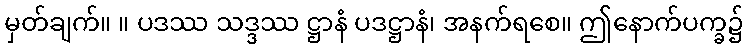
မှတ်ချက်။ ။ ပဒဿ သဒ္ဒဿ ဋ္ဌာနံ ပဒဋ္ဌာနံ၊ အနက်ရစေ။ ဤနောက်ပက္ခ၌